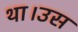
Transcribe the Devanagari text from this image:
था।उस